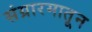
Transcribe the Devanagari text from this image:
संग्रारमातून